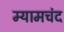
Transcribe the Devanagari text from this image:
म्यामचंद